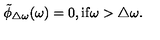
\tilde { \phi } _ { \triangle \omega } ( \omega ) = 0 , \mathrm { i f } \omega > \triangle \omega .